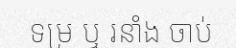
ទម្រ ឬ រនាំង ចាប់